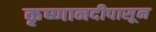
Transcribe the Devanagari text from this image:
कृष्णानदीपासून